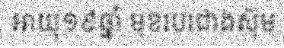
អាយុ១៩ឆ្នាំ មុខរបរជាងស៊ុម